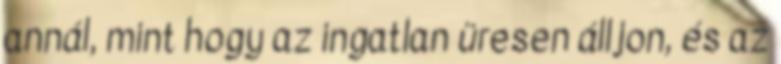
annál, mint hogy az ingatlan üresen álljon, és az